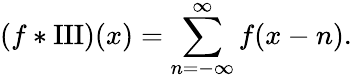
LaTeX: (f*\operatorname{III})(x)=\sum_{n=-\infty}^{\infty}f(x-n).